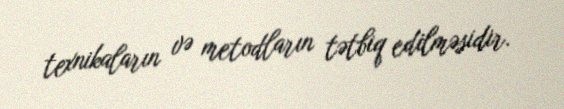
texnikaların və metodların tətbiq edilməsidir.